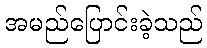
အမည်ပြောင်းခဲ့သည်